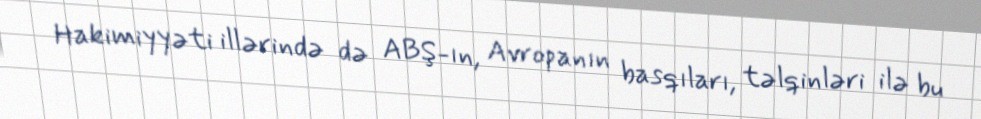
Hakimiyyəti illərində də ABŞ-ın, Avropanın basqıları, təlqinləri ilə bu